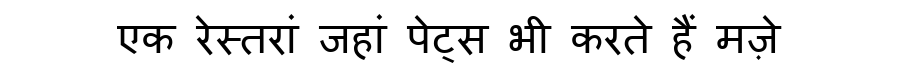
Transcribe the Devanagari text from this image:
एक रेस्तरां जहां पेट्स भी करते हैं मज़े